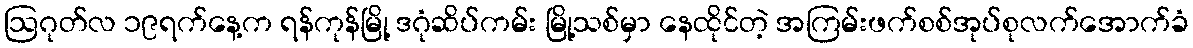
ဩဂုတ်လ ၁၉ရက်နေ့က ရန်ကုန်မြို့ ဒဂုံဆိပ်ကမ်း မြို့သစ်မှာ နေထိုင်တဲ့ အကြမ်းဖက်စစ်အုပ်စုလက်အောက်ခံ